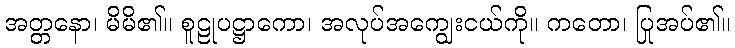
အတ္တနော၊ မိမိ၏။ စူဠုပဋ္ဌာကော၊ အလုပ်အကျွေးငယ်ကို။ ကတော၊ ပြုအပ်၏။